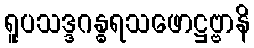
ရူပသဒ္ဒဂန္ဓရသဖောဋ္ဌဗ္ဗာနိ